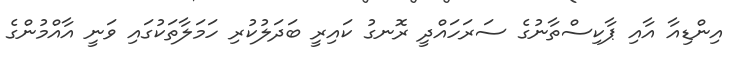
އިންޑިއާ އާއި ޕާކިސްތާނުގެ ސަރަހައްދީ ރޮނގު ކައިރީ ބަދަލުކުރި ހަމަލާތަކުގައި ވަނީ އާއްމުންގެ